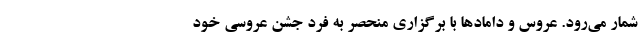
شمار می‌رود. عروس و داماد‌ها با برگزاری منحصر به فرد جشن عروسی خود